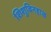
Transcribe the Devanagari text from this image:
शिशुविनहाळ